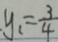
y _ { 1 } = \frac { 3 } { 4 }